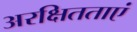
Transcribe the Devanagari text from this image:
अरक्षितताएं